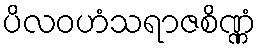
ပိလဝဟံသရာဇစိဏ္ဏံ